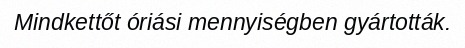
Mindkettőt óriási mennyiségben gyártották.